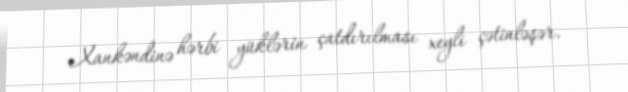
Xankəndinə hərbi yüklərin çatdırılması xeyli çətinləşər.